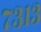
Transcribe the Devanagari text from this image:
७३१३